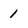
Character: 1